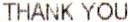
THANK YOU